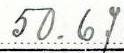
50.67